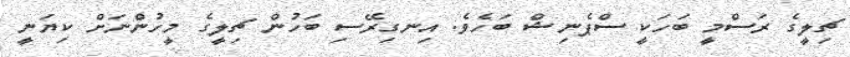
ޗިލީގެ ރަސްމީ ބަހަކީ ސްޕެނިޝް ބަހެވެ. އިނގިރޭސި ބަހުން ޗިލީގެ މީހުންނަށް ކިޔަނީ